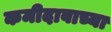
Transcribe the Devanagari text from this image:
कमीदाबाच्या